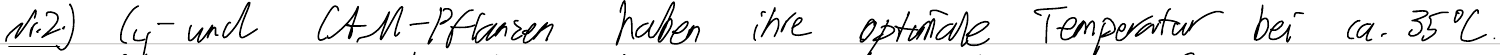
Nr.2.) C4- und CAM-Pflanzen haben ihre optimale Temperatur bei ca. 35°C.